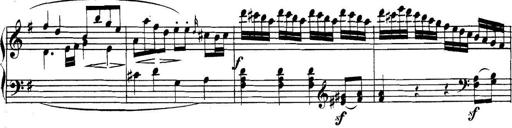
Title: Collected Piano Sonatas
Composer: Muzio Clementi